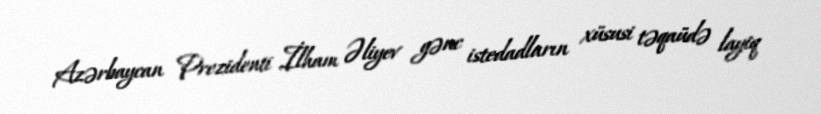
Azərbaycan Prezidenti İlham Əliyev gənc istedadların xüsusi təqaüdə layiq